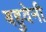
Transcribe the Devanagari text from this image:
बहुवेनी